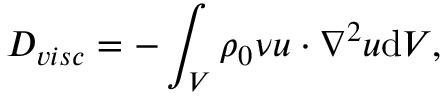
D _ { v i s c } = - \int _ { V } \rho _ { 0 } \nu \boldsymbol { u } \cdot \nabla ^ { 2 } \boldsymbol { u } \mathrm { d } V ,